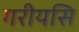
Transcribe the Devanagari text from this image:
गरीयसि